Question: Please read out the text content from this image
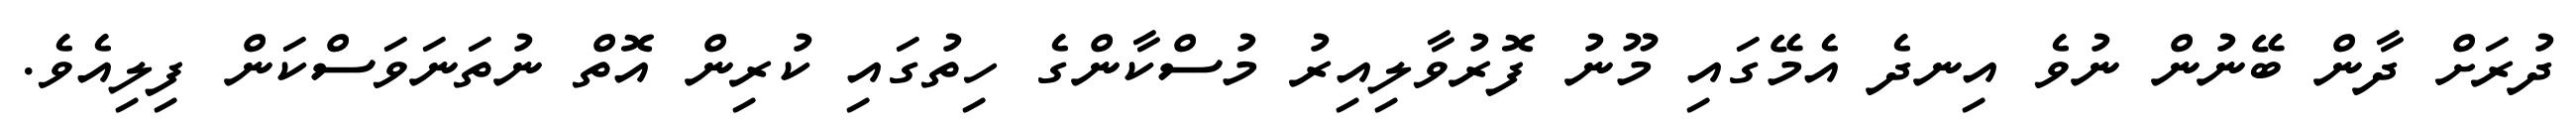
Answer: ދުރަށް ދާން ބޭނުން ނުވެ އިނދެ އެމޭގައި މޫނު ފޮރުވާލިއިރު މުސްކާންގެ ހިތުގައި ކުރިން އޮތް ނުތަނަވަސްކަން ފިލިއެވެ.